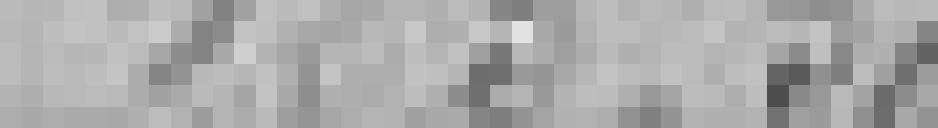
125,50